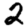
Digit: 2